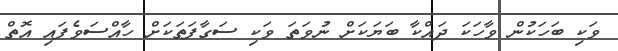
ވަކި ބަހަކުން ވާހަކަ ދައްކާ ބަޔަކަށް ނުވަތަ ވަކި ސަގާފަތަކަށް ހާއްސަވެފައި އޮތް